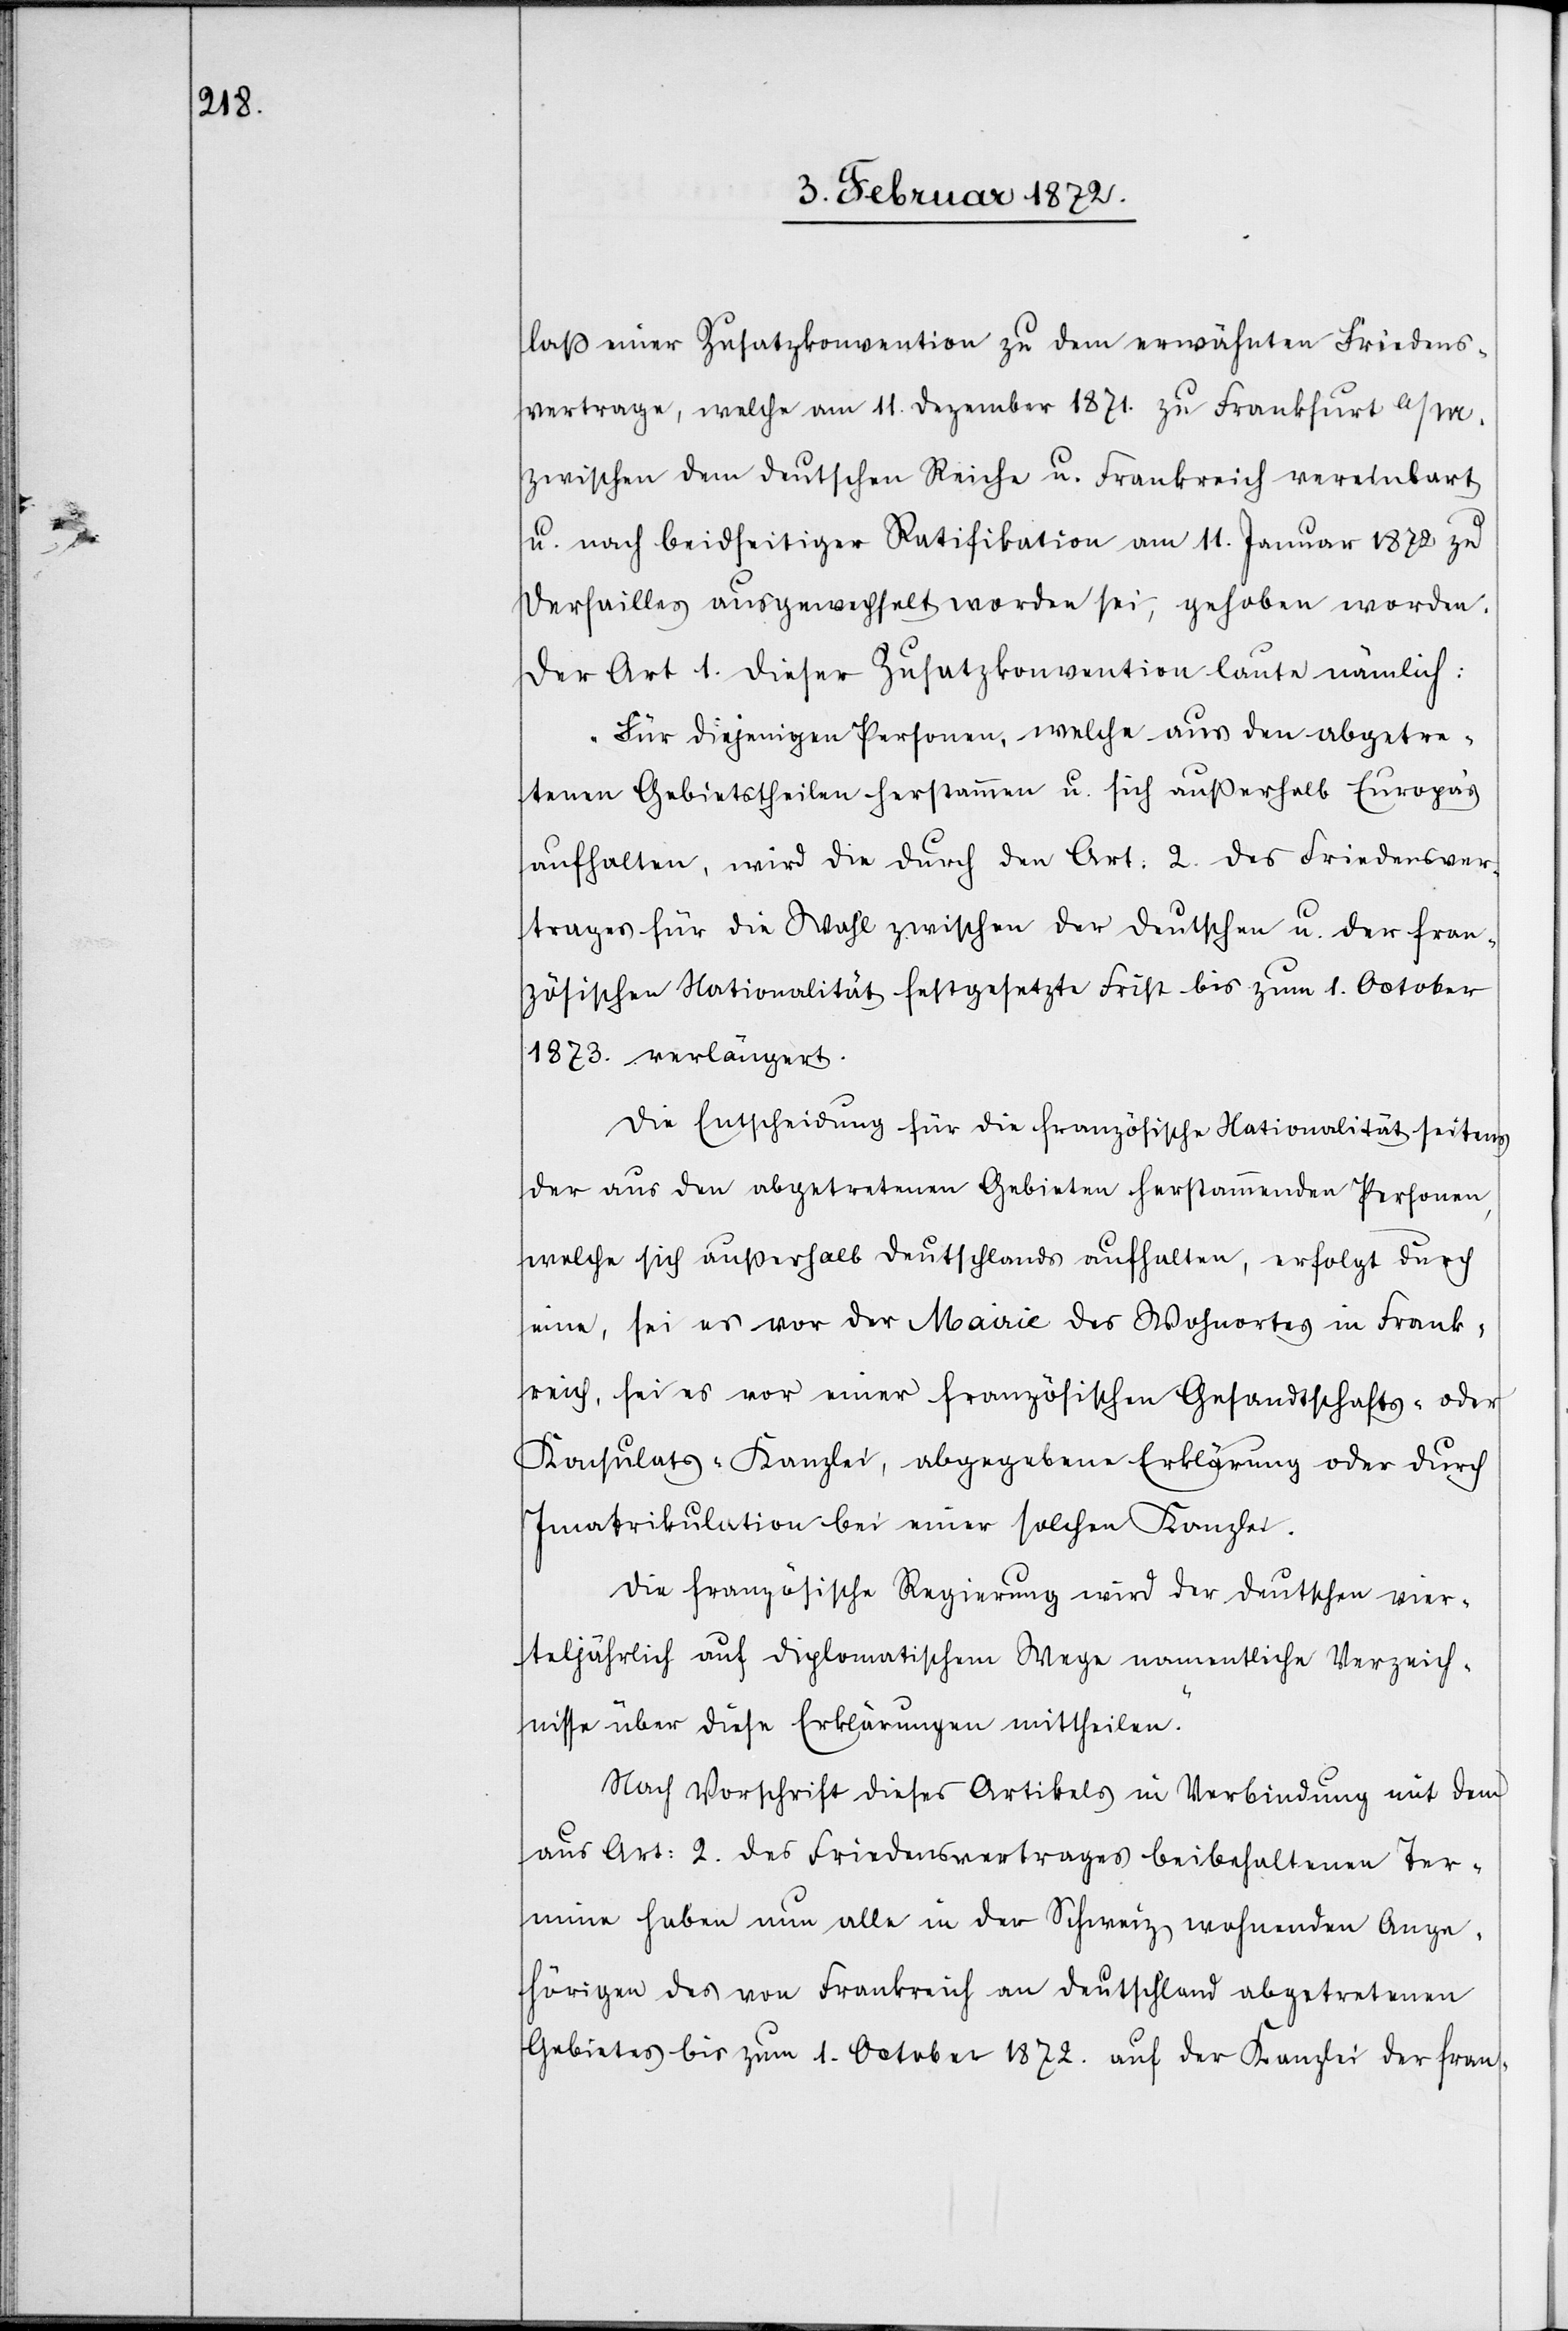
laß einer Zusatzkonvention zu dem erwähnten Friedens¬
vertrage, welche am 11. Dezember 1871. zu Frankfurt a/M.
zwischen dem deutschen Reiche u. Frankreich vereinbart
u. nach beidseitiger Ratifikation am 11. Januar 1872 zu
Versailles ausgewechselt worden sei, gehoben worden.
Der Art 1. dieser Zusatzkonvention laute nämlich:
„Für diejenigen Personen, welche aus den abgetre¬
tenen Gebietstheilen herstammen u. sich außerhalb Europas
aufhalten, wie die durch den Art. 2. des Friedensver¬
trages für die Wahl zwischen der deutschen u. der fran¬
zösischen Nationalität festgesetzte Frist bis zum 1. October
1872. verlängert.
Die Entscheidung für die französische Nationalität seitens
der aus den abgetretenen Gebieten herstammenden Personen,
welche sich außerhalb Deutschlands aufhalten, erfolgt durch
eine, sei es vor der Mairie des Wohnortes in Frank¬
reich, sei es vor einer französischen Gesandtschafts- oder
Konsulats-Kanzlei, abgegebene Erklärung oder durch
Imatrikulation bei einer solchen Kanzlei.
Die französische Regierung wird der deutschen vier¬
teljährlich auf diplomatischem Wege namentliche Verzeich¬
nisse über diese Erklärungen mittheilen.“
Nach Vorschrift dieses Artikels in Verbindung mit dem
aus Art. 2. des Friedensvertrages beibehaltenen Ter¬
mine haben nun alle in der Schweiz wohnenden Ange¬
hörigen des von Frankreich an Deutschland abgetretenen
Gebietes bis zum 1. October 1872. auf der Kanzlei der fran-